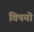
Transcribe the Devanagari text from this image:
विषयॊ